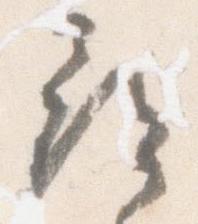
尋